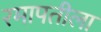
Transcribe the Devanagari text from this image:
रमापतीला